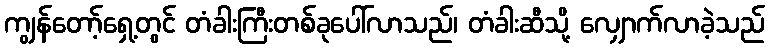
ကျွန်တော့်ရှေ့တွင် တံခါးကြီးတစ်ခုပေါ်လာသည်၊ တံခါးဆီသို့ လျှောက်လာခဲ့သည်